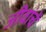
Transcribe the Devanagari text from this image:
जीवांचें